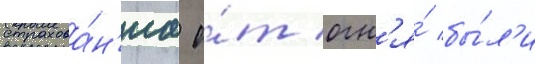
страхова́н'иа о́т огн'я́ бы́л'и